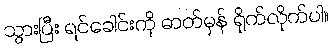
သွားပြီး ရင်ခေါင်းကို ဓာတ်မှန် ရိုက်လိုက်ပါ။